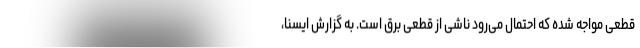
قطعی مواجه شده که احتمال می‌رود ناشی از قطعی برق است. به گزارش ایسنا،